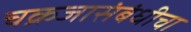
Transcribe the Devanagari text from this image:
चक्रजासंबंधीचा